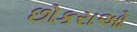
છોકરાઓ